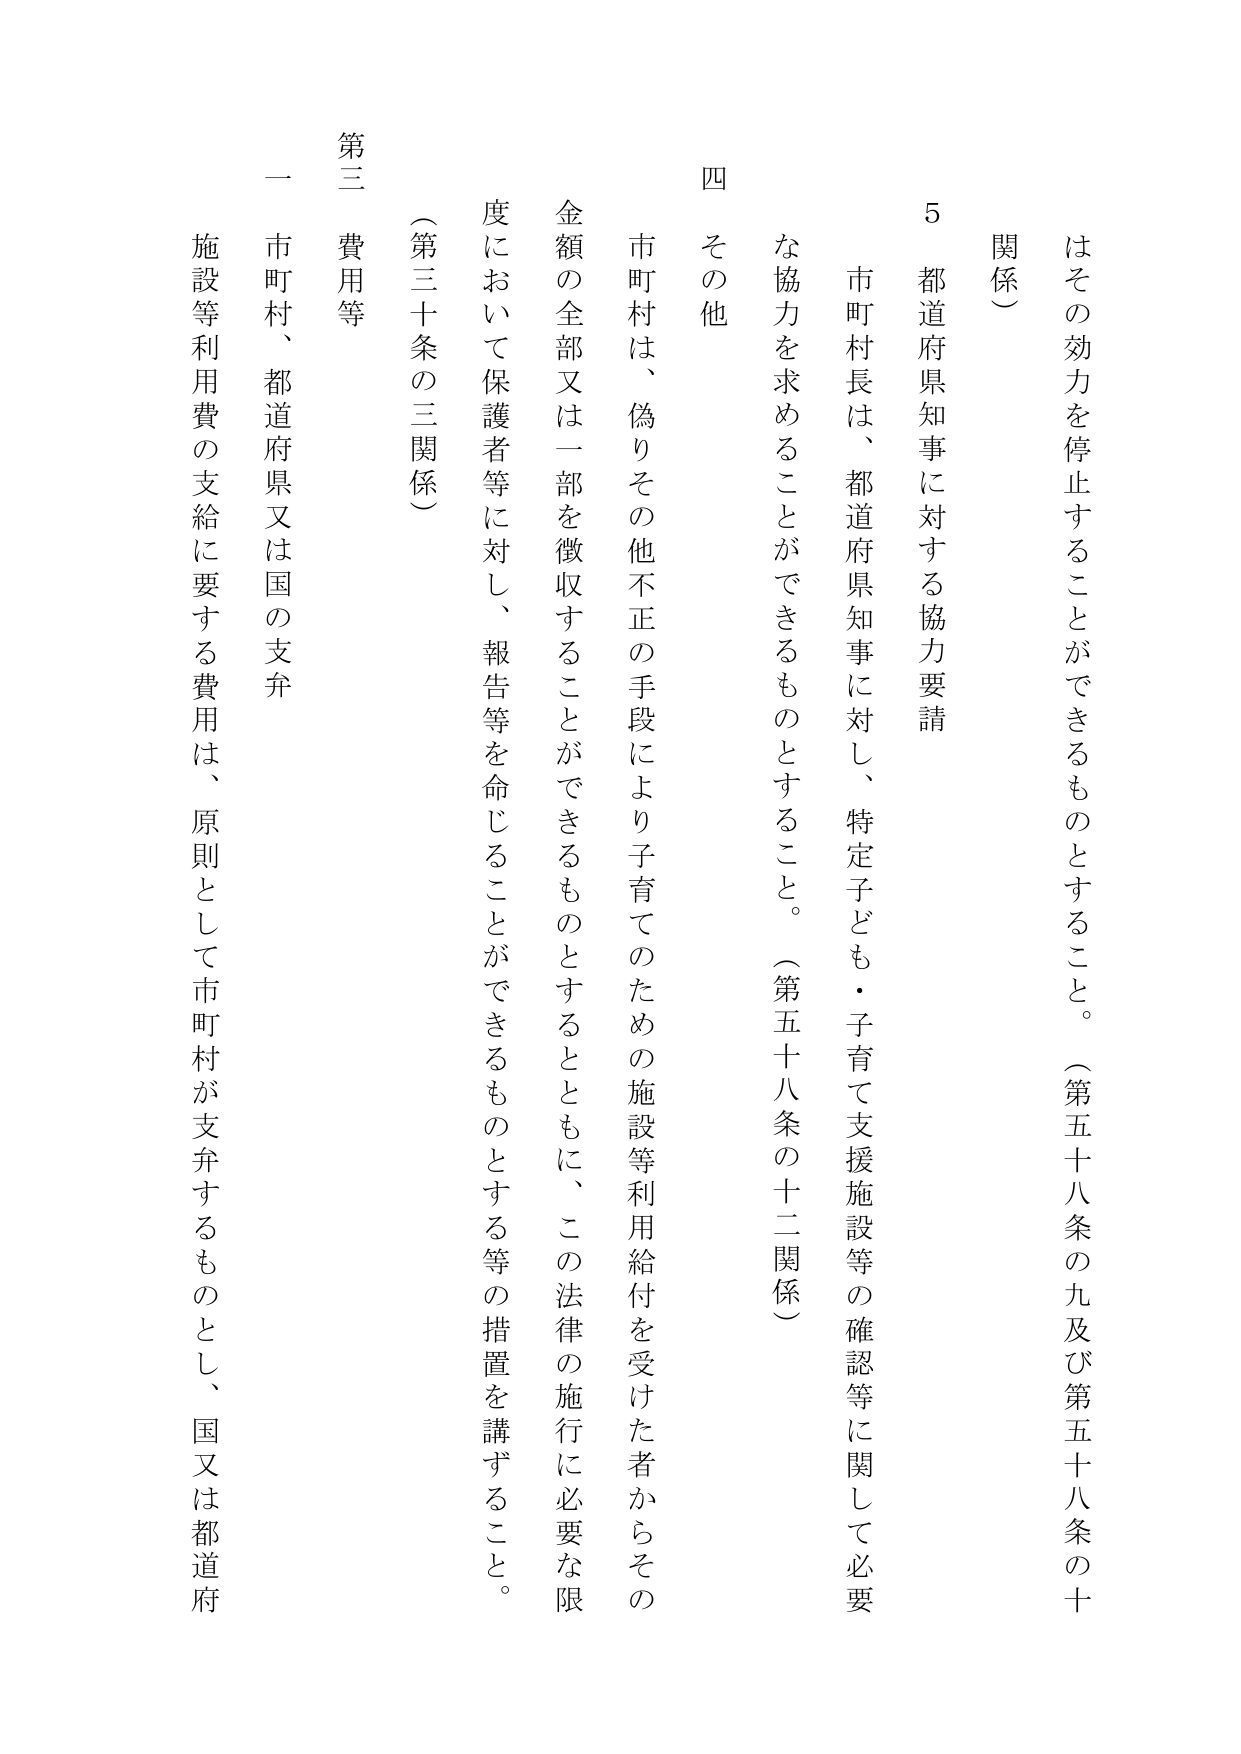
はその効力を停止することができるものとすること。（第五十八条の九及び第五十八条の十関係）

5 都道府県知事に対する協力要請
市町村長は、都道府県知事に対し、特定子ども・子育て支援施設等の確認等に関して必要な協力を求めることができるものとすること。（第五十八条の十二関係）

四 その他
市町村は、偽りその他不正の手段により子育てのための施設等利用給付を受けた者からその金額の全部又は一部を徴収することができるものとするとともに、この法律の施行に必要な限度において保護者等に対し、報告等を命じることができるものとする等の措置を講ずること。（第三十条の三関係）

第三 費用等
一 市町村、都道府県又は国の支弁
施設等利用費の支給に要する費用は、原則として市町村が支弁するものとし、国又は都道府